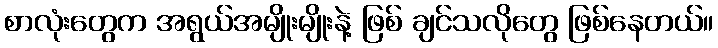
စာလုံးတွေက အရွယ်အမျိုးမျိုးနဲ့ ဖြစ် ချင်သလိုတွေ ဖြစ်နေတယ်။